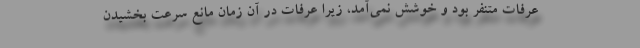
عرفات متنفر بود و خوشش نمی‌آمد، زیرا عرفات در آن زمان مانع سرعت بخشیدن